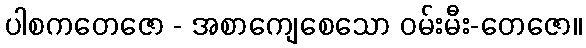
ပါစကတေဇော - အစာကျေစေသော ဝမ်းမီး-တေဇော။